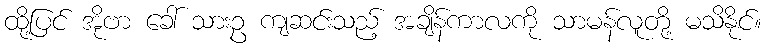
ထို့ပြင် အိုဗာ ခေါ် သားဥ ကျဆင်းသည့် အချိန်ကာလကို သာမန်လူတို့ မသိနိုင်။